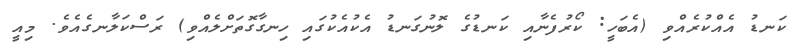
ކަނޑު އެއްކުރެއްވި (އެބަހީ: ކޯރުފެނާއި ކަނޑުގެ ލޮނުގަނޑު އެކުއެކުގައި ހިނގާގޮތަށްލެއްވި) ރަސްކަލާނގެއެވެ. މިއީ